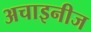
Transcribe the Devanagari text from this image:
अचाइनीज